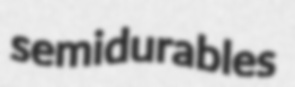
semidurables